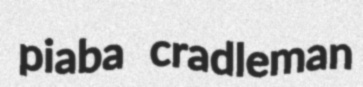
piaba cradleman